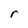
Character: r